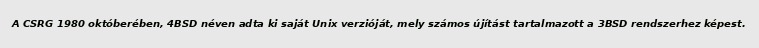
A CSRG 1980 októberében, 4BSD néven adta ki saját Unix verzióját, mely számos újítást tartalmazott a 3BSD rendszerhez képest.